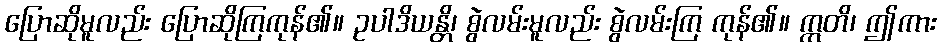
ပြောဆိုမူလည်း ပြောဆိုကြကုန်၏။ ဥပါဒိယန္တိ၊ စွဲလမ်းမူလည်း စွဲလမ်းကြ ကုန်၏။ ဣတိ၊ ဤကား